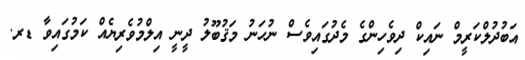
އަބުދުލްކަރީމް ނައިކް ދިވެހިންގެ މެދުގައިވެސް ނުހަނު މަޤުބޫލު ދީނީ އިލްމުވެރިޔެއް ކަމުގައިވާ ޑރ.